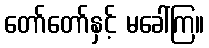
တော်တော်နှင့် မခေါ်ကြ။